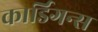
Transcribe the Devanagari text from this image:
कार्डिगन्स